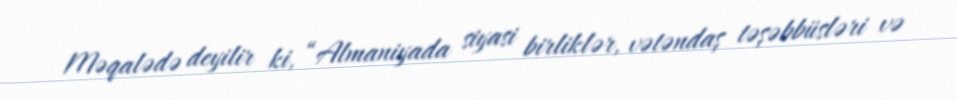
Məqalədə deyilir ki, “Almaniyada siyasi birliklər, vətəndaş təşəbbüsləri və